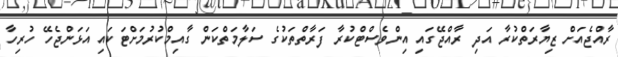
ރާއްޖެއަށް ޒިޔާރަތްކުރާ އަދި ރާއްޖޭގައި އިންވެސްޓްކުރާ ފަރާތްތަކުގެ ސަލާމަތްކަން ގާއިމްކުރުމަށްޓަކައިި އަޅަންޖެހޭ ހުރިހާ